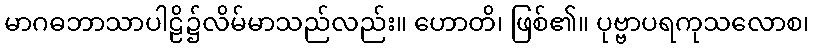
မာဂဓဘာသာပါဠိ၌လိမ်မာသည်လည်း။ ဟောတိ၊ ဖြစ်၏။ ပုဗ္ဗာပရကုသလောစ၊